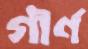
গীর্ণ